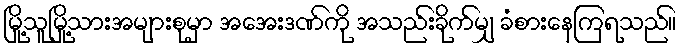
မြို့သူမြို့သားအများစုမှာ အအေးဒဏ်ကို အသည်းခိုက်မျှ ခံစားနေကြရသည်။